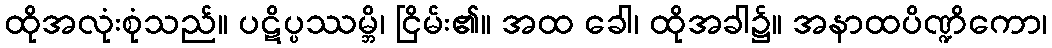
ထိုအလုံးစုံသည်။ ပဋိပ္ပဿမ္ဘိ၊ ငြိမ်း၏။ အထ ခေါ၊ ထိုအခါ၌။ အနာထပိဏ္ဍိကော၊